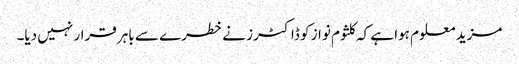
مزید معلوم ہوا ہے کہ کلثوم نواز کو ڈاکٹرز نے خطرے سے باہر قرار نہیں دیا۔